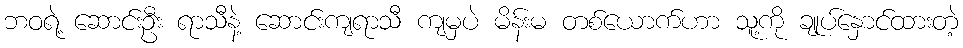
ဘဝရဲ့ ဆောင်းဦး ရာသီနဲ့ ဆောင်းကျရာသီ ကျမှပဲ မိန်းမ တစ်ယောက်ဟာ သူ့ကို ချုပ်နှောင်ထားတဲ့